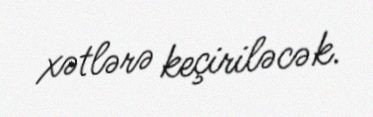
xətlərə keçiriləcək.